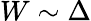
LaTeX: W\sim\Delta